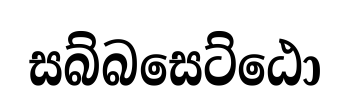
සබ්බසෙට්ඨො